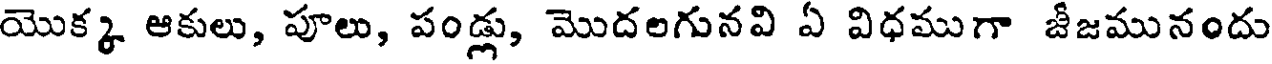
యొక్క ఆకులు, పూలు, పండ్లు, మొదలగునవి ఏ విధముగా జీజమునందు